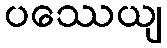
ပဿေယျ